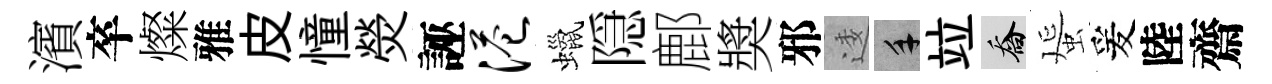
濱卒燦雅皮憧熒誣港蠟隠鄜奬邪逶手竝喬蜑爰陸齋